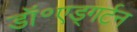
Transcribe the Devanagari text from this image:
डॉ॰एड्गर्टन